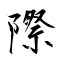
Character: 際